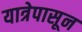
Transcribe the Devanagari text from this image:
यात्रेपासून